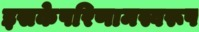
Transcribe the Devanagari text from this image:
इसकेपरिणामस्वरूप